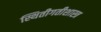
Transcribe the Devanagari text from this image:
स्थितीगतीशास्त्र